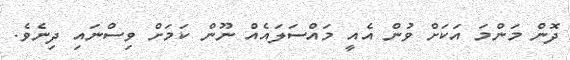
ދޮން މަންމަ އަކަށް ވުން އެއީ މައްސަލައެއް ނޫން ކަމަށް ވިސްނައި ދިނެވެ.